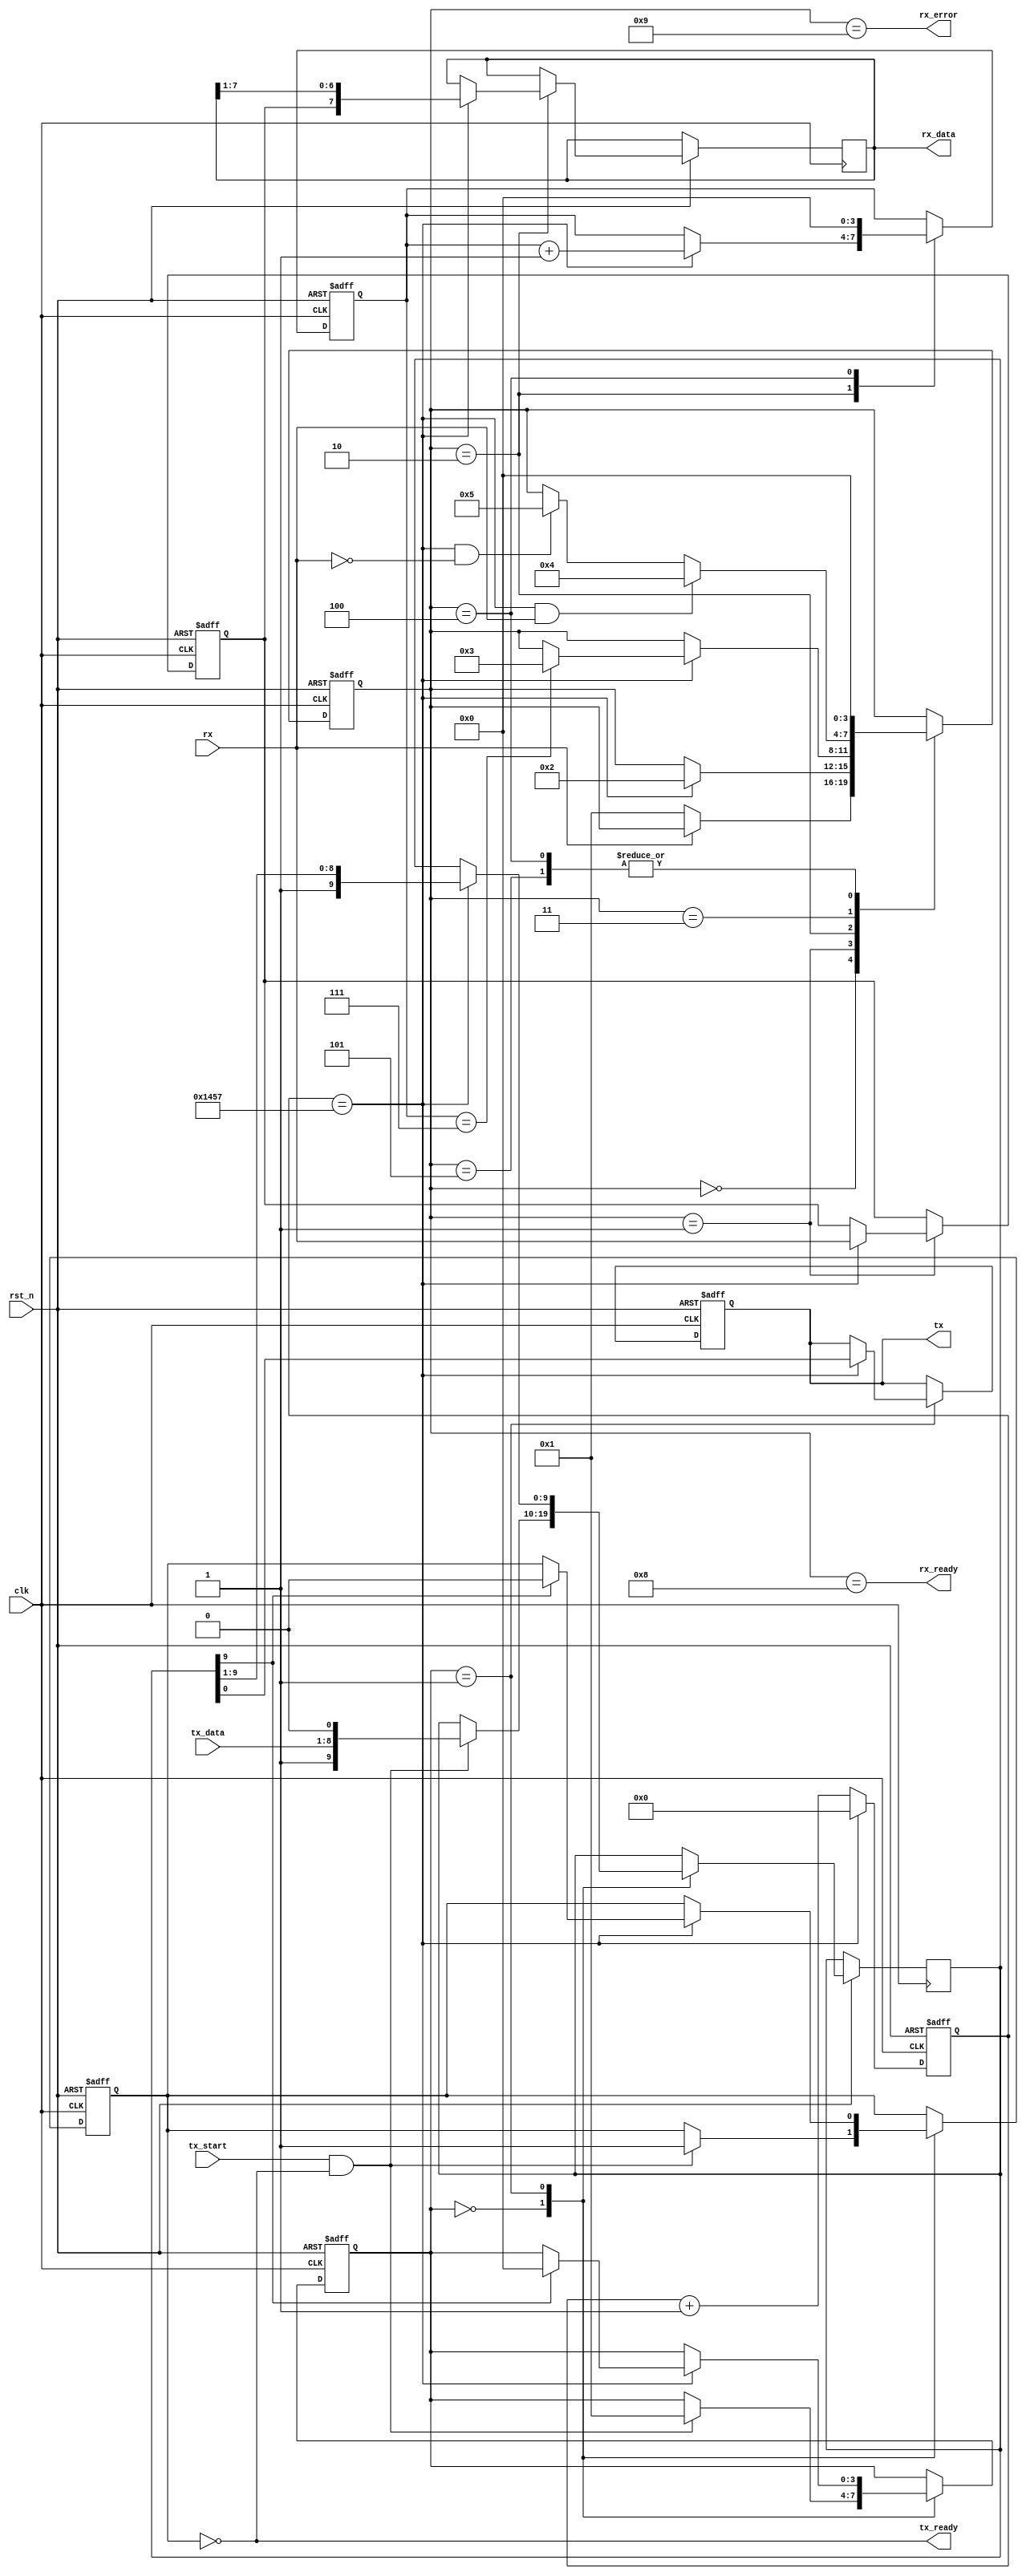
module parameterized_uart #(
    parameter DATA_WIDTH = 8,      // Data width (in bits)
    parameter BAUD_RATE = 9600,     // Baud rate
    parameter CLOCK_FREQ = 50000000, // System clock frequency (in Hz)
    parameter STOP_BITS = 1,         // Number of stop bits (0 or 1)
    parameter PARITY = 0              // Use 0 for none, 1 for odd, 2 for even
)(
    input wire clk,                  // System clock
    input wire rst_n,                // Active low reset
    input wire tx_start,             // Start transmission signal
    input wire [DATA_WIDTH-1:0] tx_data, // Data to transmit
    output wire tx,                  // Transmit serial output
    output wire tx_ready,            // Ready to send signal

    input wire rx,                   // Receive serial input
    output wire [DATA_WIDTH-1:0] rx_data, // Received data
    output wire rx_ready,            // Data received signal
    output wire rx_error             // Error signal
);

    // Baud rate generator
    localparam BAUD_DIV = CLOCK_FREQ / BAUD_RATE;
    reg [15:0] baud_counter;
    wire baud_tick;

    always @(posedge clk or negedge rst_n) begin
        if (!rst_n) begin
            baud_counter <= 0;
        end else begin
            if (baud_counter == BAUD_DIV - 1) begin
                baud_counter <= 0;
            end else begin
                baud_counter <= baud_counter + 1;
            end
        end
    end
    assign baud_tick = (baud_counter == BAUD_DIV - 1);

    // Transmitter state machine
    reg [3:0] tx_state;
    reg [DATA_WIDTH + 1:0] tx_shift_reg; // Including start and stop bits
    reg tx_busy;

    assign tx_ready = !tx_busy;

    always @(posedge clk or negedge rst_n) begin
        if (!rst_n) begin
            tx_state <= 0;
            tx_busy <= 0;
            tx <= 1; // Idle state is high
        end else begin
            case (tx_state)
                0: begin // Idle
                    if (tx_start && tx_ready) begin
                        tx_shift_reg <= {1'b1, tx_data, 1'b0}; // Stop bit, data, start bit
                        tx_busy <= 1;
                        tx_state <= 1;
                    end
                end
                1: begin // Transmitting
                    if (baud_tick) begin
                        tx <= tx_shift_reg[0]; // Send LSB
                        tx_shift_reg <= {1'b1, tx_shift_reg[DATA_WIDTH + 1:1]}; // Shift right
                        if (tx_shift_reg[DATA_WIDTH + 1] == 1) begin
                            tx_busy <= 0;
                            tx_state <= 0; // Back to idle
                        end
                    end
                end
            endcase
        end
    end

    // Receiver state machine
    reg [3:0] rx_state;
    reg [DATA_WIDTH-1:0] rx_shift_reg;
    reg [3:0] bit_count;
    reg rx_sampled;

    assign rx_data = rx_shift_reg;
    assign rx_ready = (rx_state == 4'b1000); // Data ready state
    assign rx_error = (rx_state == 4'b1001); // Error state

    always @(posedge clk or negedge rst_n) begin
        if (!rst_n) begin
            rx_state <= 0;
            bit_count <= 0;
            rx_sampled <= 0;
        end else begin
            case (rx_state)
                0: begin // Idle
                    if (!rx) begin // Start bit detected
                        rx_state <= 1;
                    end
                end
                1: begin // Sampling
                    if (baud_tick) begin
                        rx_sampled <= rx; // Sample input
                        rx_state <= 2;
                    end
                end
                2: begin // Receiving bits
                    if (baud_tick) begin
                        rx_shift_reg <= {rx_sampled, rx_shift_reg[DATA_WIDTH-1:1]};
                        bit_count <= bit_count + 1;
                        if (bit_count == DATA_WIDTH - 1) begin
                            rx_state <= 3; // Go to stop bit state
                        end
                    end
                end
                3: begin // Check stop bit
                    if (baud_tick && rx) begin // Valid stop bit
                        rx_state <= 4; // Data is ready
                    end else if (baud_tick && !rx) begin // Error in stop bit
                        rx_state <= 5; // Error state
                    end
                end
                4: begin // Data ready
                    rx_state <= 0; // Go back to idle
                    bit_count <= 0;
                end
                5: begin // Error state
                    rx_state <= 0; // Go back to idle
                end
            endcase
        end
    end

endmodule